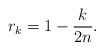
LaTeX: \begin{align*}r_k=1-\frac{k}{2n}.\end{align*}